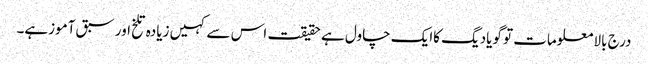
درج بالا معلومات تو گویادیگ کاایک چاول ہے حقیقت اس سے کہیں زیادہ تلخ اور سبق آموزہے۔